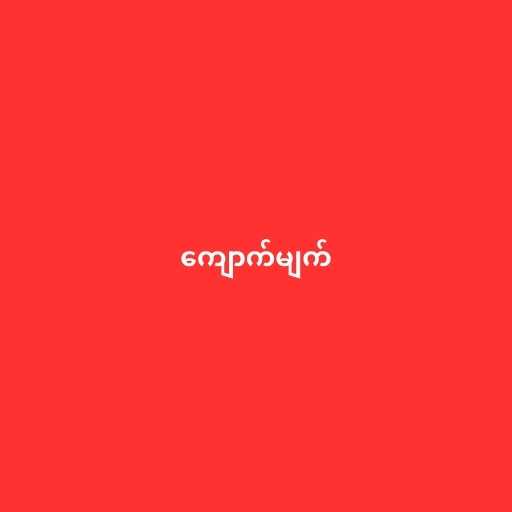
ကျောက်မျက်